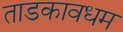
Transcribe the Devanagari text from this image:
ताडकावधम